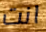
انت